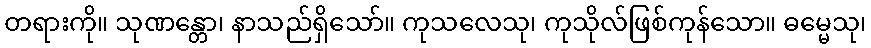
တရားကို။ သုဏန္တော၊ နာသည်ရှိသော်။ ကုသလေသု၊ ကုသိုလ်ဖြစ်ကုန်သော။ ဓမ္မေသု၊